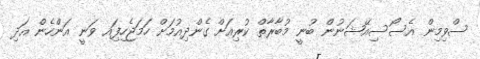
ސްވިމިން އެސޯސިއޭޝަނުން ބުނީ މުބާރާތް ކުރިއަށް ގެންދިއުމަށް ހަމަޖެހިފަިއ ވަނީ އަންހެން އަދި